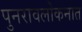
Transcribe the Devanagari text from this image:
पुनरावलोकनात